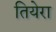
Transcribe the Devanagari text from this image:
तियेरा